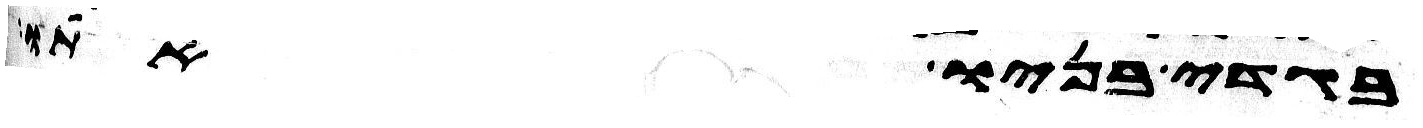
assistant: בגדי בניו אתו